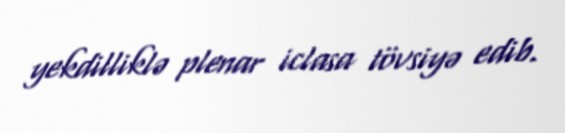
yekdilliklə plenar iclasa tövsiyə edib.